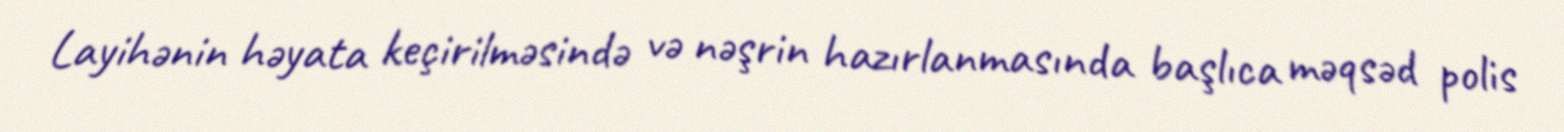
Layihənin həyata keçirilməsində və nəşrin hazırlanmasında başlıca məqsəd polis